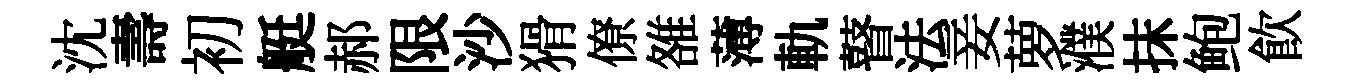
沈壽初艇郝限沙猾僚雒薄軌瞽法妾萝濮抹鲍飮